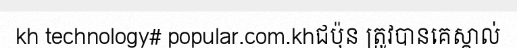
kh technology# popular.com.khជប៉ុន ត្រូវបានគេស្គាល់